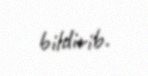
bildirib.